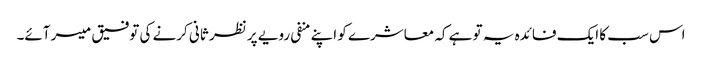
اس سب کا ایک فائدہ یہ تو ہے کہ معاشرے کو اپنے منفی رویے پر نظر ثانی کرنے کی توفیق میسر آئے۔